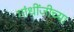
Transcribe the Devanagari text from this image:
गांधींजीच्या